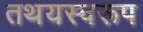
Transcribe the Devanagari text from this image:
तथयस्वरूप